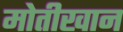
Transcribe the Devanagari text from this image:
मोतीखान